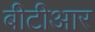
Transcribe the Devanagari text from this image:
बीटीआर